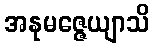
အနုမဇ္ဇေယျာသိ